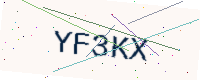
Text: YF3KX